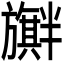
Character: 𪰃